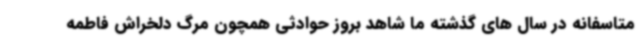
متاسفانه در سال های گذشته ما شاهد بروز حوادثی همچون مرگ دلخراش فاطمه